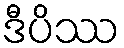
ဒီပိဿ